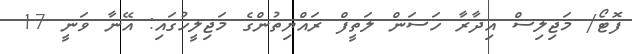
ފޮޓޯ/ މަޖިލިސް އިދާރާ ހަސަން ލަތީފް ރައްޔިތުންގެ މަޖިލީހުގައި: އޭނާ ވަނީ 17